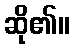
ဆို၏။